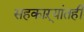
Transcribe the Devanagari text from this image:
सहकाऱ्यांतही